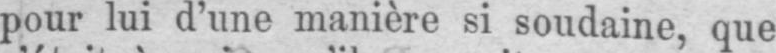
pour lui d’une manière si soudaine, que